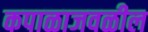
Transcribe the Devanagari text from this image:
कपाळाजवळील